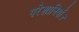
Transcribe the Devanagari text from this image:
परेशानियाँ।